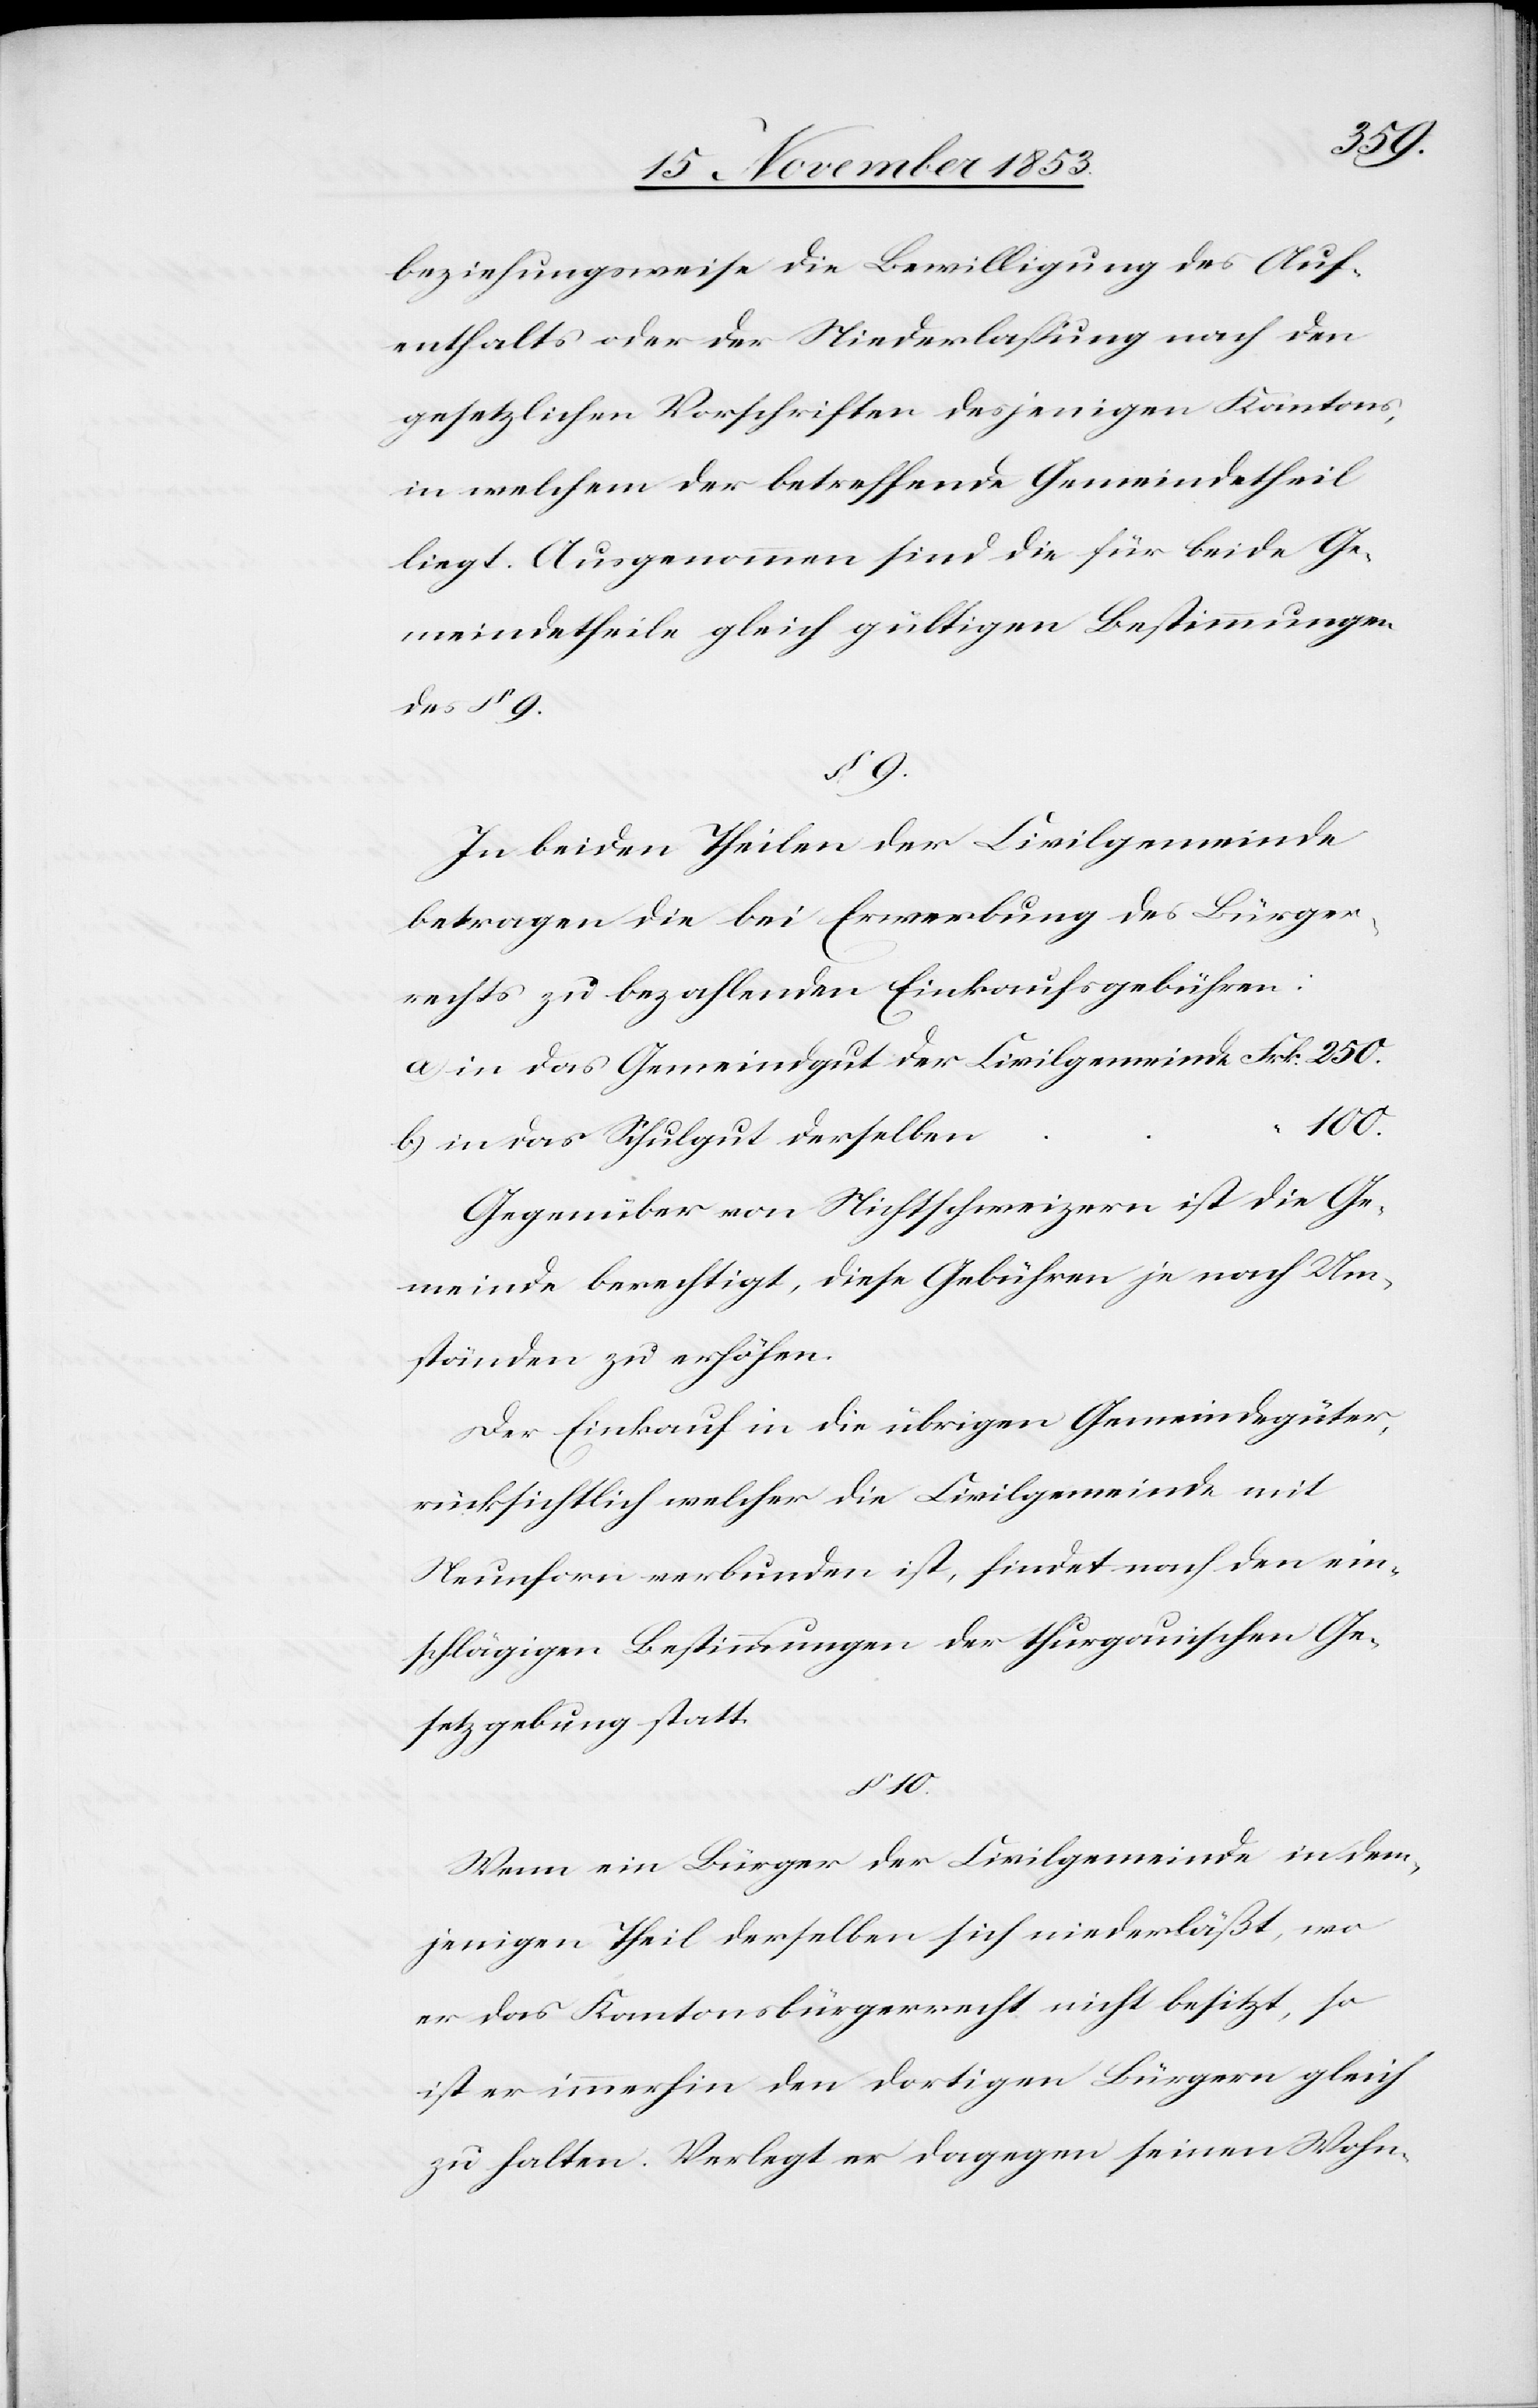
n	“	“	100.
beziehungsweise die Bewilligung des Auf¬
enthalts oder der Niederlaßung nach den
gesetzlichen Vorschriften desjenigen Kantons,
in welchem der betreffende Gemeindetheil
liegt. Ausgenommen sind die für beide Ge¬
meindstheile gleich gültigen Bestimmungen
des § 9.
§. 9.
In beiden Theilen der Civilgemeinde
betragen die bei Erwerbung des Bürger¬
rechts zu bezahlenden Einkaufsgebühren:
a) in das Gemeindgut der 	Civilgemeinde Frk. 250.
b) in das Schulgut derselbe¬
Gegenüber von Nichtschweizern ist die Ge¬
meinde berechtigt, diese Gebühren je nach Um¬
ständen zu erhöhen.
Der Einkauf in die übrigen Gemeindsgüter,
rücksichtlich welcher die Civilgemeinde mit
Neunforn verbunden ist, findet nach den ein¬
schlägigen Bestimmungen der thurgauischen Ge¬
setzgebung statt.
§ 10.
Wenn ein Bürger der Civilgemeinde in dem¬
jenigen Theil derselben sich niederläßt, wo
er das Kantonsbürgerrecht nicht besitzt, so
ist er immerhin den dortigen Bürgern gleich
zu halten. Verlegt er dagegen seinen Wohn-